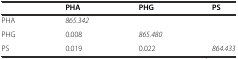
<table><thead><tr><td></td><td><b>PHA</b></td><td><b>PHG</b></td><td><b>PS</b></td></tr></thead><tbody><tr><td>PHA</td><td><i>865.342</i></td><td></td><td></td></tr><tr><td>PHG</td><td>0.008</td><td><i>865.480</i></td><td></td></tr><tr><td>PS</td><td>0.019</td><td>0.022</td><td><i>864.433</i></td></tr></tbody></table>